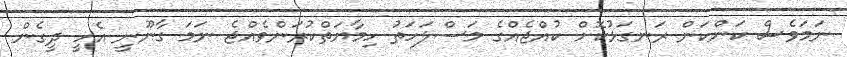
ނަމަވެސް ކަންކަން ރަނގަޅުކޮށް ކުއްޖެއްގެ މަސްލަހަތު ހިމާޔަތްކުރަންވެއްޖެ ނަމަ ގާނޫނީ އެހީ ދީގެން